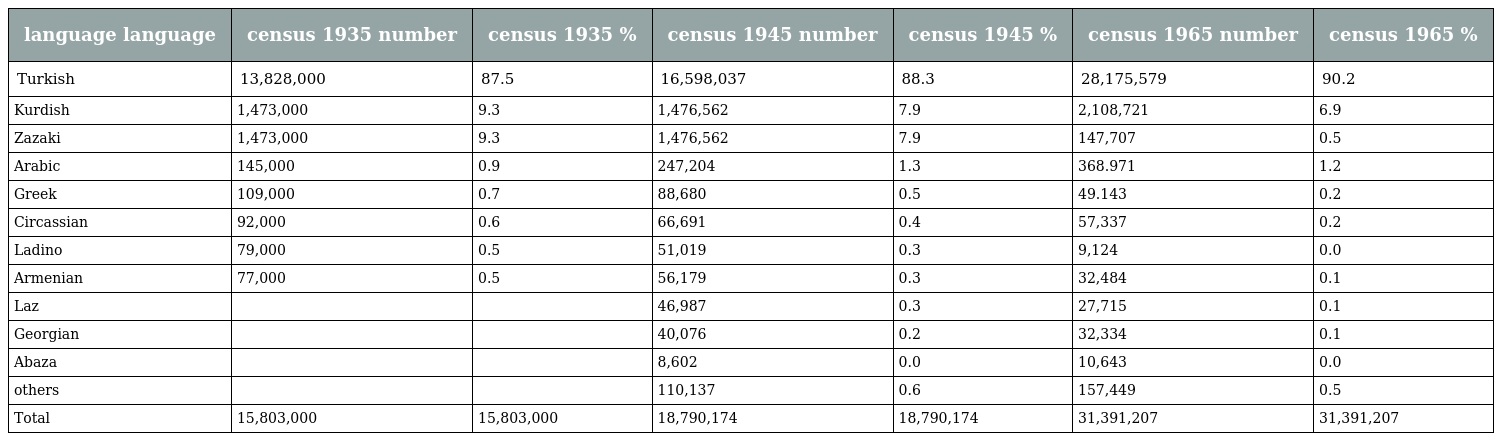
| language language | census 1935 number | census 1935 % | census 1945 number | census 1945 % | census 1965 number | census 1965 % |
 | --- | --- | --- | --- | --- | --- | --- |
 | Turkish | 13,828,000 | 87.5 | 16,598,037 | 88.3 | 28,175,579 | 90.2 |
 | Kurdish | 1,473,000 | 9.3 | 1,476,562 | 7.9 | 2,108,721 | 6.9 |
 | Zazaki | 1,473,000 | 9.3 | 1,476,562 | 7.9 | 147,707 | 0.5 |
 | Arabic | 145,000 | 0.9 | 247,204 | 1.3 | 368.971 | 1.2 |
 | Greek | 109,000 | 0.7 | 88,680 | 0.5 | 49.143 | 0.2 |
 | Circassian | 92,000 | 0.6 | 66,691 | 0.4 | 57,337 | 0.2 |
 | Ladino | 79,000 | 0.5 | 51,019 | 0.3 | 9,124 | 0.0 |
 | Armenian | 77,000 | 0.5 | 56,179 | 0.3 | 32,484 | 0.1 |
 | Laz |  |  | 46,987 | 0.3 | 27,715 | 0.1 |
 | Georgian |  |  | 40,076 | 0.2 | 32,334 | 0.1 |
 | Abaza |  |  | 8,602 | 0.0 | 10,643 | 0.0 |
 | others |  |  | 110,137 | 0.6 | 157,449 | 0.5 |
 | Total | 15,803,000 | 15,803,000 | 18,790,174 | 18,790,174 | 31,391,207 | 31,391,207 |